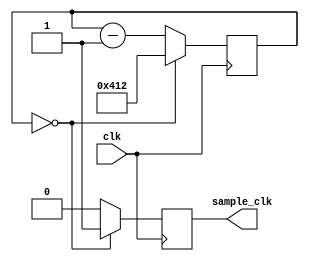
module sample_clock(
	output reg sample_clk,
	input clk
	);
	
	localparam MAXCOUNT = 11'd1042; // slow CLOCK_50 down to 48kHz
	
	// simple 48kHz clock to read our audio ROMs
	reg [10:0] count;
	always @(posedge clk) begin
		if (count == 11'b0) begin
			count <= MAXCOUNT;
			sample_clk <= 1'b1;
		end
		else begin
			count <= count - 11'b1;
			sample_clk <= 1'b0;
		end
	end
endmodule